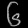
Digit: ၆